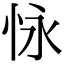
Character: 怺